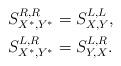
LaTeX: \begin{align*} S_{X^*,Y^*}^{R,R}&=S_{X,Y}^{L,L},\\ S_{X^*,Y^*}^{L,R}&=S_{Y,X}^{L,R}. \end{align*}